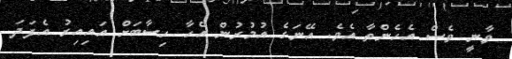
ވާނީ ވެސް އެހެންތާ އެވެ. އޭނަގެ އުމުރުން އެހާ ހިސާބަށް އައިއިރު އެފަދަ